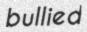
bullied